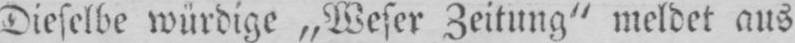
Dieselbe würdige „Weser Zeitung“ meldet aus